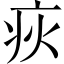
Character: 疢